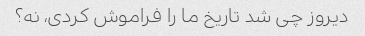
دیروز چی شد تاریخ ما را فراموش کردی، نه؟